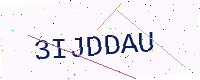
Text: 3IJDDAU